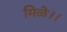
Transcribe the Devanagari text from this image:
मिळे।।